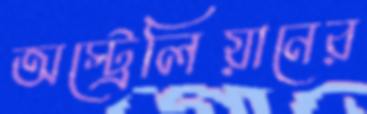
অস্ট্রেলিয়ানের